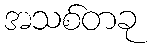
အသစ်တခု